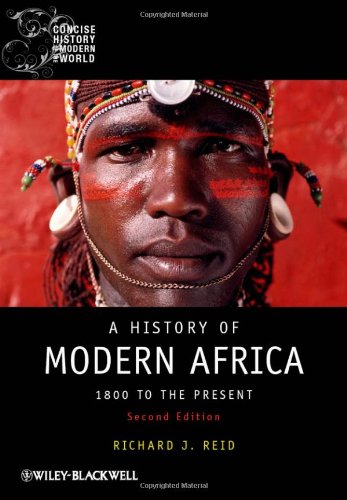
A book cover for A History of Modern Africa: 1800 to the Present; Richard J. Reid; History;